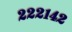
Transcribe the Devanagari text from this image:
२२२१४२